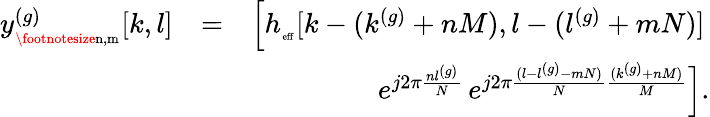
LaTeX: \begin{array}{rlr}{y_{_{\mathrm{\footnotesize{n,m}}}}^{(g)}[k,l]}&{=}&{{\Big[}h_{_{\mathrm{\scriptsize{eff}}}}[k-(k^{(g)}+nM),l-(l^{(g)}+mN)]\, }\\ &{}&{\, \, \, e^{j2\pi\frac{nl^{(g)}}{N}}\, e^{j2\pi\frac{(l-l^{(g)}-mN)}{N}\frac{(k^{(g)}+nM)}{M}}{\Big]}.}\end{array}